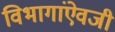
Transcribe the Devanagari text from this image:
विभागांऐवजी